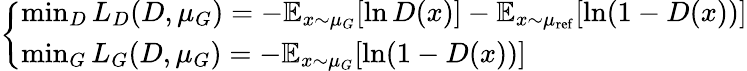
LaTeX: {\left\{ \begin{array}{ll}{\operatorname*{min}_{D}L_{D}(D,\mu_{G})=-\mathbb{E}_{x\sim\mu_{G}}[\ln D(x)]-\mathbb{E}_{x\sim\mu_{\mathrm{ref}}}[\ln(1-D(x))]}\\ {\operatorname*{min}_{G}L_{G}(D,\mu_{G})=-\mathbb{E}_{x\sim\mu_{G}}[\ln(1-D(x))]}\end{array}\right.}